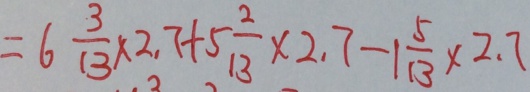
= 6 \frac { 3 } { 1 3 } \times 2 . 7 + 5 \frac { 2 } { 1 3 } \times 2 . 7 - 1 \frac { 5 } { 1 3 } \times 2 . 7